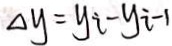
\Delta y = y i - y i - 1